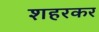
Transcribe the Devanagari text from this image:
शहरकर